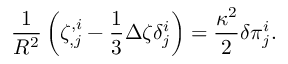
{ \frac { 1 } { R ^ { 2 } } } \left( \zeta _ { , j } ^ { , i } - { \frac { 1 } { 3 } } \Delta \zeta \delta _ { j } ^ { i } \right) = { \frac { \kappa ^ { 2 } } { 2 } } \delta \pi _ { j } ^ { i } .